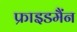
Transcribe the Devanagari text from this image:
फ्राइडमैंन